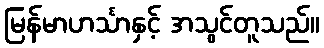
မြန်မာဟင်္သာနှင့် အသွင်တူသည်။